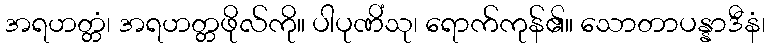
အရဟတ္တံ၊ အရဟတ္တဖိုလ်ကို။ ပါပုဏိံသု၊ ရောက်ကုန်၏။ သောတာပန္နာဒီနံ၊